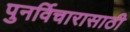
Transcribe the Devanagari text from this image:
पुनर्विचारासाठी